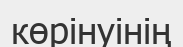
көрінуінің